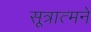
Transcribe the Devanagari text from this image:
सूत्रात्मने